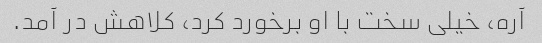
آره، خیلی سخت با او برخورد کرد، کلاهش در آمد.